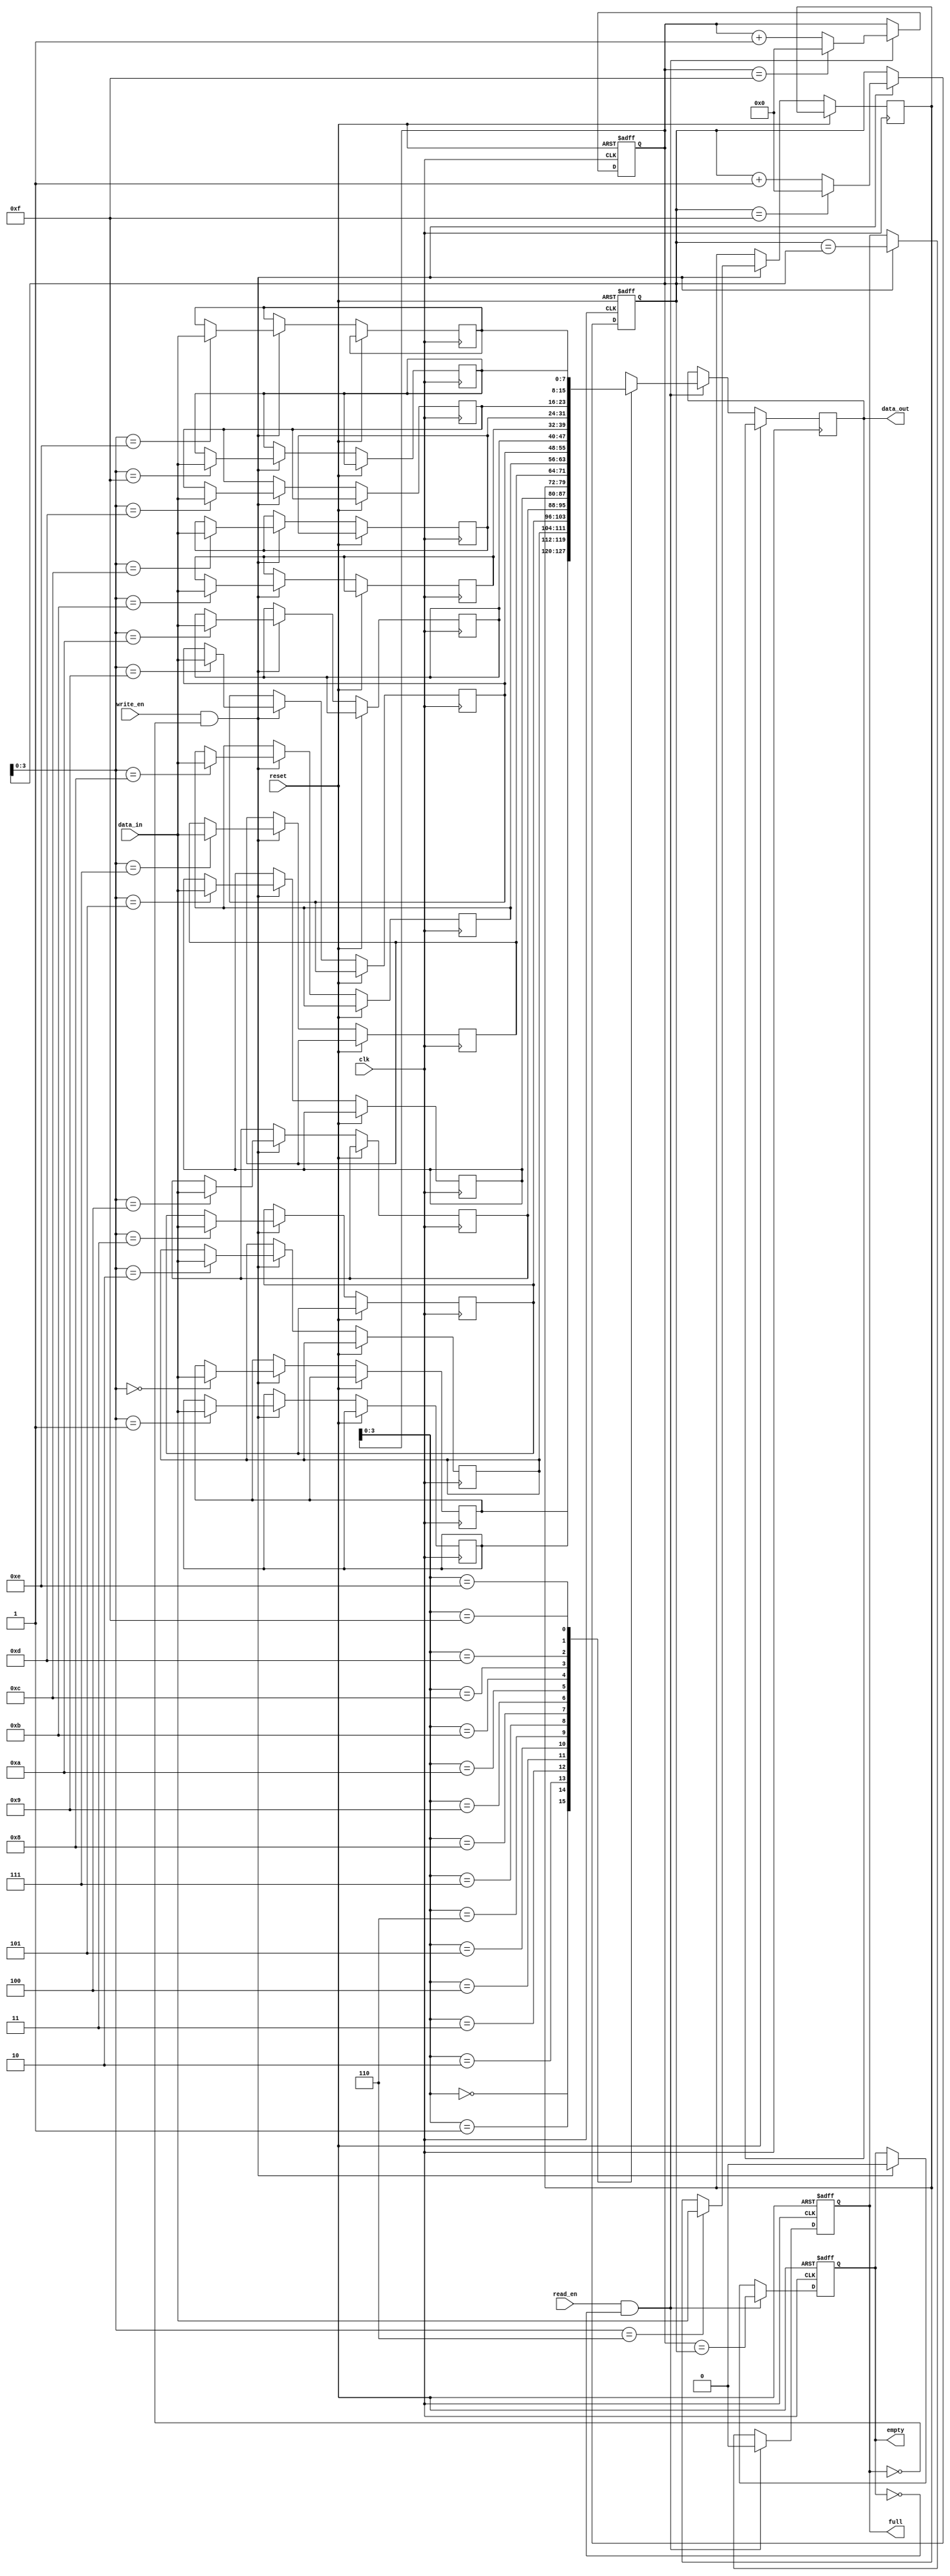
module non_blocking_fifo(
    input wire clk,
    input wire reset,
    input wire write_en,
    input wire read_en,
    input wire [DATA_WIDTH-1:0] data_in,
    output reg [DATA_WIDTH-1:0] data_out,
    output reg full,
    output reg empty
);

parameter DATA_WIDTH = 8;
parameter FIFO_DEPTH = 16;

reg [DATA_WIDTH-1:0] fifo[FIFO_DEPTH-1:0];
reg [4:0] write_ptr = 0;
reg [4:0] read_ptr = 0;

always @(posedge clk or posedge reset) begin
    if (reset) begin
        write_ptr <= 0;
        read_ptr <= 0;
        full <= 0;
        empty <= 1;
    end else begin
        if (write_en && !full) begin
            fifo[write_ptr] <= data_in;
            write_ptr <= write_ptr + 1;
            if (write_ptr == FIFO_DEPTH-1)
                write_ptr <= 0;
            full <= (write_ptr == read_ptr);
            empty <= 0;
        end
        if (read_en && !empty) begin
            data_out <= fifo[read_ptr];
            read_ptr <= read_ptr + 1;
            if (read_ptr == FIFO_DEPTH-1)
                read_ptr <= 0;
            empty <= (read_ptr == write_ptr);
            full <= 0;
        end
    end
end

endmodule